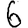
Digit: 6